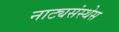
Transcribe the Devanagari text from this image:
नाट्यसंस्थेस